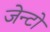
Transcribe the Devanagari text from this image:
जेन्टो